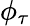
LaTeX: \phi_{\tau}